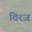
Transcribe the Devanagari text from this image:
विरज